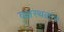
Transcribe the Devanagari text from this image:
वक्षस्थळास